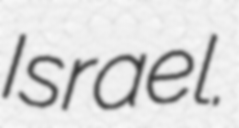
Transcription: Israel.